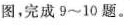
图，完成9~10题。